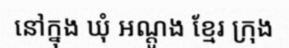
នៅក្នុង ឃុំ អណ្តូង ខ្មែរ ក្រុង